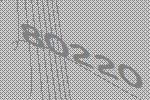
80220